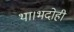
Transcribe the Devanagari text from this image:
था।भदोही